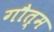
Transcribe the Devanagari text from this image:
गौत्म